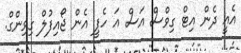
އެއީ ދެން އިޓް ގިވްސް އަސް އަ ހެޕީ އެެން ޖޯއިފުލް ގިވިންގް.